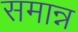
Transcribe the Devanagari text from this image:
समान्न